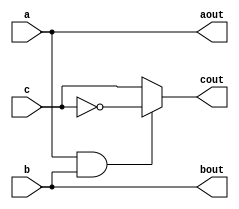
module toffili(aout, bout, cout, a, b, c);
	input a;
	input b;
	input c;
	
	output reg aout;
	output reg bout;
	output reg cout;
	
	always@ (a or b or c)
	begin
		if(a==1 && b==1)
		begin
			aout<= a;
			bout<= b;
			cout<= ~c;
		end
		else
		begin
			aout<= a;
			bout<= b;
			cout<= c;
		end
	end
	
endmodule